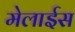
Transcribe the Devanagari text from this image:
मेलाईस